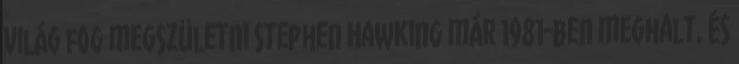
világ fog megszületni Stephen Hawking már 1981-ben meghalt, és